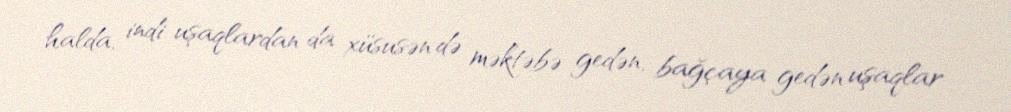
halda, indi uşaqlardan da xüsusən də məktəbə gedən, bağçaya gedən uşaqlar